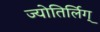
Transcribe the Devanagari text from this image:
ज्योतिर्लिग्